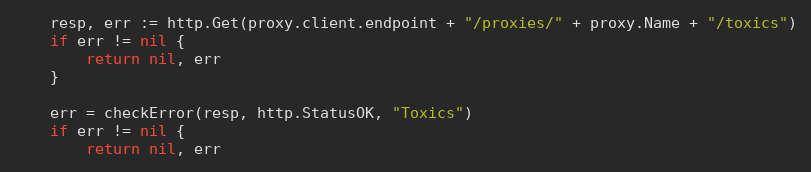
Language: Go
	resp, err := http.Get(proxy.client.endpoint + "/proxies/" + proxy.Name + "/toxics")
	if err != nil {
		return nil, err
	}

	err = checkError(resp, http.StatusOK, "Toxics")
	if err != nil {
		return nil, err